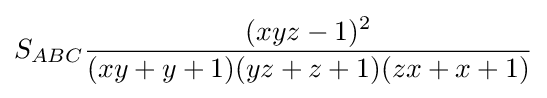
S_{ABC}{\frac {(xyz-1)^{2}}{(xy+y+1)(yz+z+1)(zx+x+1)}}